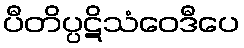
ပီတိပ္ပဋိသံဝေဒီပေ